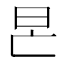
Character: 𣅖